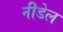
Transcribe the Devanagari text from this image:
नीडेल